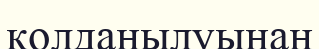
колданылуынан